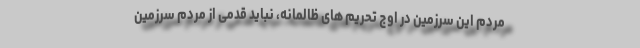
مردم این سرزمین در اوج تحریم های ظالمانه، نباید قدمی از مردم سرزمین